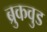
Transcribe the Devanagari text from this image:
ब्रुकवुड